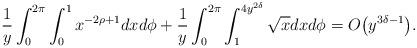
LaTeX: \begin{align*}\frac 1 y \int_0^{2 \pi} \int_{0}^{1} x^{- 2 \rho + 1 } d x d \phi + \frac 1 y \int_0^{2 \pi} \int_{1}^{4 y^{2 \delta}} \sqrt x d x d \phi = O \big( y^{ 3 \delta - 1} \big).\end{align*}